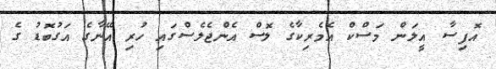
އޮފިސާ އީލަން މަސްކް އެމެރިކާގެ ލޮސް އެންޖެލެސްގައި ހުރި އޭނާގެ އަގުބޮޑު ގެ